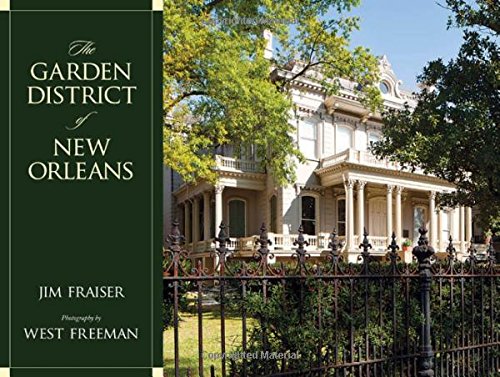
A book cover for The Garden District of New Orleans; Jim Fraiser; Arts & Photography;